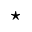
^ { \star }